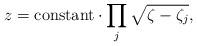
LaTeX: \begin{align*}z=\mathrm{constant}\cdot\prod_j\sqrt{\zeta-\zeta_j},\end{align*}